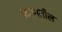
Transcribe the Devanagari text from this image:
जाणतील